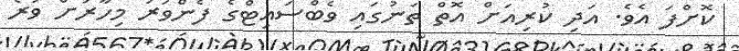
ކޮށްފަ އެވެ. އަދި ކުރިއަށް އޮތް ތަނުގައި ވެބްސައިޓްގެ ފެންވަރު މިހާރަށް ވުރެ